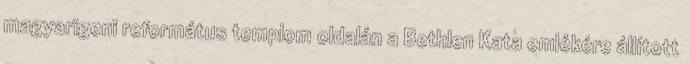
magyarigeni református templom oldalán a Bethlen Kata emlékére állított